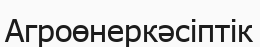
Агроөнеркәсіптік